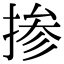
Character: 掺